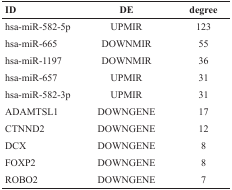
<table><thead><tr><td><b>ID</b></td><td><b>DE</b></td><td><b>degree</b></td></tr></thead><tbody><tr><td>hsa-miR-582-5p</td><td>UPMIR</td><td>123</td></tr><tr><td>hsa-miR-665</td><td>DOWNMIR</td><td>55</td></tr><tr><td>hsa-miR-1197</td><td>DOWNMIR</td><td>36</td></tr><tr><td>hsa-miR-657</td><td>UPMIR</td><td>31</td></tr><tr><td>hsa-miR-582-3p</td><td>UPMIR</td><td>31</td></tr><tr><td>ADAMTSL1</td><td>DOWNGENE</td><td>17</td></tr><tr><td>CTNND2</td><td>DOWNGENE</td><td>12</td></tr><tr><td>DCX</td><td>DOWNGENE</td><td>8</td></tr><tr><td>FOXP2</td><td>DOWNGENE</td><td>8</td></tr><tr><td>ROBO2</td><td>DOWNGENE</td><td>7</td></tr></tbody></table>